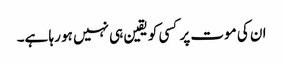
ان کی موت پر کسی کو یقین ہی نہیں ہو رہا ہے۔